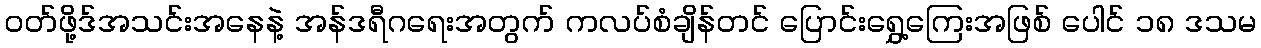
ဝတ်ဖို့ဒ်အသင်းအနေနဲ့ အန်ဒရီဂရေးအတွက် ကလပ်စံချိန်တင် ပြောင်းရွှေ့ကြေးအဖြစ် ပေါင် ၁၈ ဒသမ